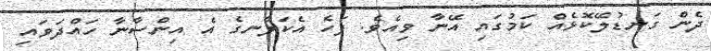
ދެން ގަނޑުލޭކޮޅެއް ކަމުގައި އޭނާ ވިއެވެ. ފަހެ އެކަލާނގެ އެ އިންސާނާ ހައްދަވައި